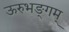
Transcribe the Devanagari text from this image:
ऊरुभङ्गम्